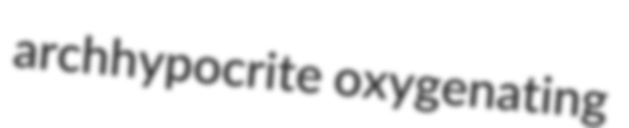
archhypocrite oxygenating